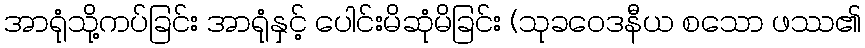
အာရုံသို့ကပ်ခြင်း အာရုံနှင့် ပေါင်းမိဆုံမိခြင်း (သုခဝေဒနီယ စသော ဖဿ၏